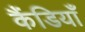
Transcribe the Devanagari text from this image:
कैंडियाँ